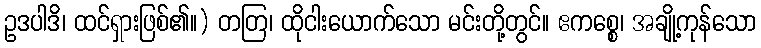
ဥဒပါဒိ၊ ထင်ရှားဖြစ်၏။) တတြ၊ ထိုငါးယောက်သော မင်းတို့တွင်။ ဧကစ္စေ၊ အချို့ကုန်သော